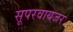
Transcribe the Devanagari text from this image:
सूपरवायजर